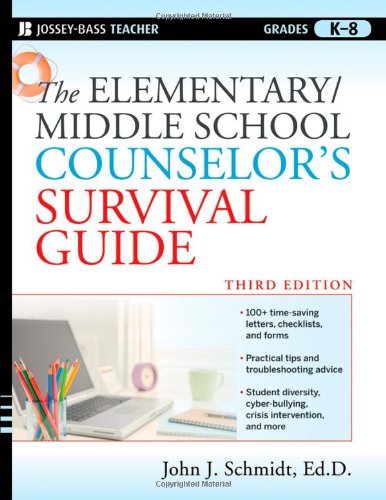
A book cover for The Elementary / Middle School Counselor's Survival Guide, Third Edition; John J. Schmidt Ed.D.; Education & Teaching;